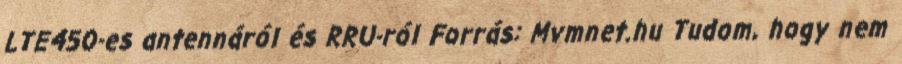
LTE450-es antennáról és RRU-ról Forrás: Mvmnet.hu Tudom, hogy nem